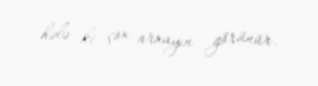
hələ ki çox arxayın görünür.